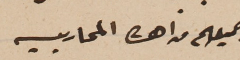
جميعهم من اهالى المحاربيه